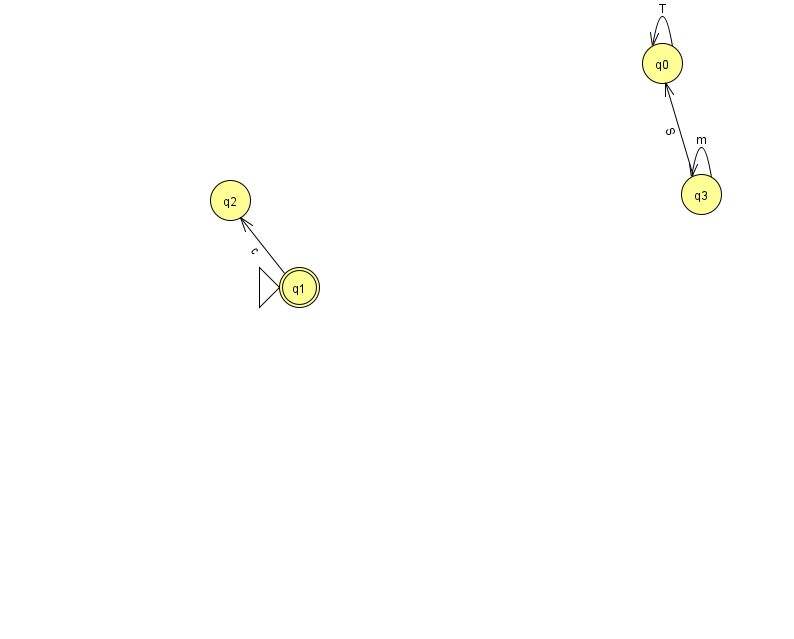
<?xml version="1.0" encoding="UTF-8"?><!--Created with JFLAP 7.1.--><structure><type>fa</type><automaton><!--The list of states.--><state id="0" name="q0"><x>662.0</x><y>50.0</y></state><state id="1" name="q1"><x>299.0</x><y>274.0</y><initial/><final/></state><state id="2" name="q2"><x>230.0</x><y>187.0</y></state><state id="3" name="q3"><x>701.0</x><y>181.0</y></state><!--The list of transitions.--><transition><from>0</from><to>0</to><read>T</read></transition><transition><from>3</from><to>0</to><read>S</read></transition><transition><from>1</from><to>2</to><read>c</read></transition><transition><from>3</from><to>3</to><read>m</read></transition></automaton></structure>